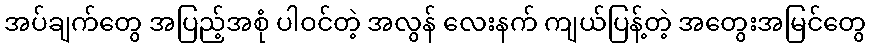
အပ်ချက်တွေ အပြည့်အစုံ ပါဝင်တဲ့ အလွန် လေးနက် ကျယ်ပြန့်တဲ့ အတွေးအမြင်တွေ